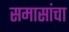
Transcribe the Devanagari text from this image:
समासांचा